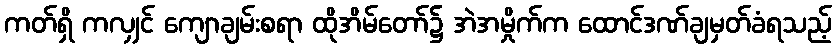
ကတ်ရှိ ကလျှင် ကျောချမ်းစရာ ထိုအိမ်တော်၌ အဲအမှိုက်က ထောင်ဒဏ်ချမှတ်ခံရသည့်